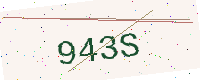
Text: 943S